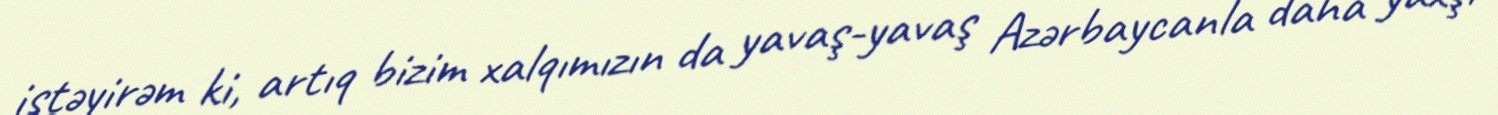
istəyirəm ki, artıq bizim xalqımızın da yavaş-yavaş Azərbaycanla daha yaxşı